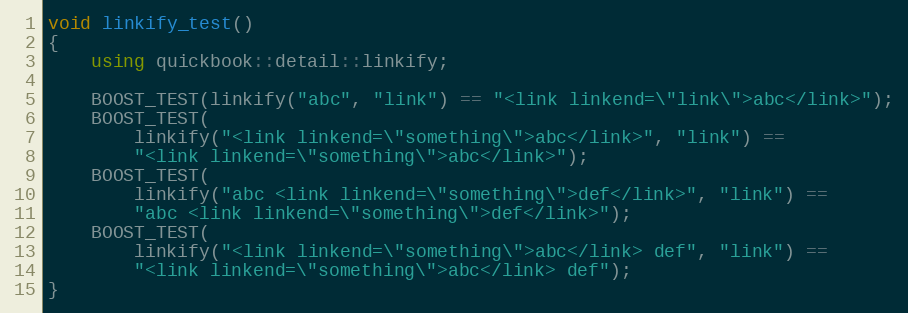
Language: C++
void linkify_test()
{
    using quickbook::detail::linkify;

    BOOST_TEST(linkify("abc", "link") == "<link linkend=\"link\">abc</link>");
    BOOST_TEST(
        linkify("<link linkend=\"something\">abc</link>", "link") ==
        "<link linkend=\"something\">abc</link>");
    BOOST_TEST(
        linkify("abc <link linkend=\"something\">def</link>", "link") ==
        "abc <link linkend=\"something\">def</link>");
    BOOST_TEST(
        linkify("<link linkend=\"something\">abc</link> def", "link") ==
        "<link linkend=\"something\">abc</link> def");
}